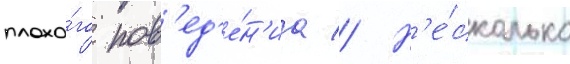
плохо́го пов'ед'е́н'иа // Н'е́сколько